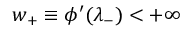
w _ { + } \equiv \phi ^ { \prime } ( \lambda _ { - } ) < + \infty